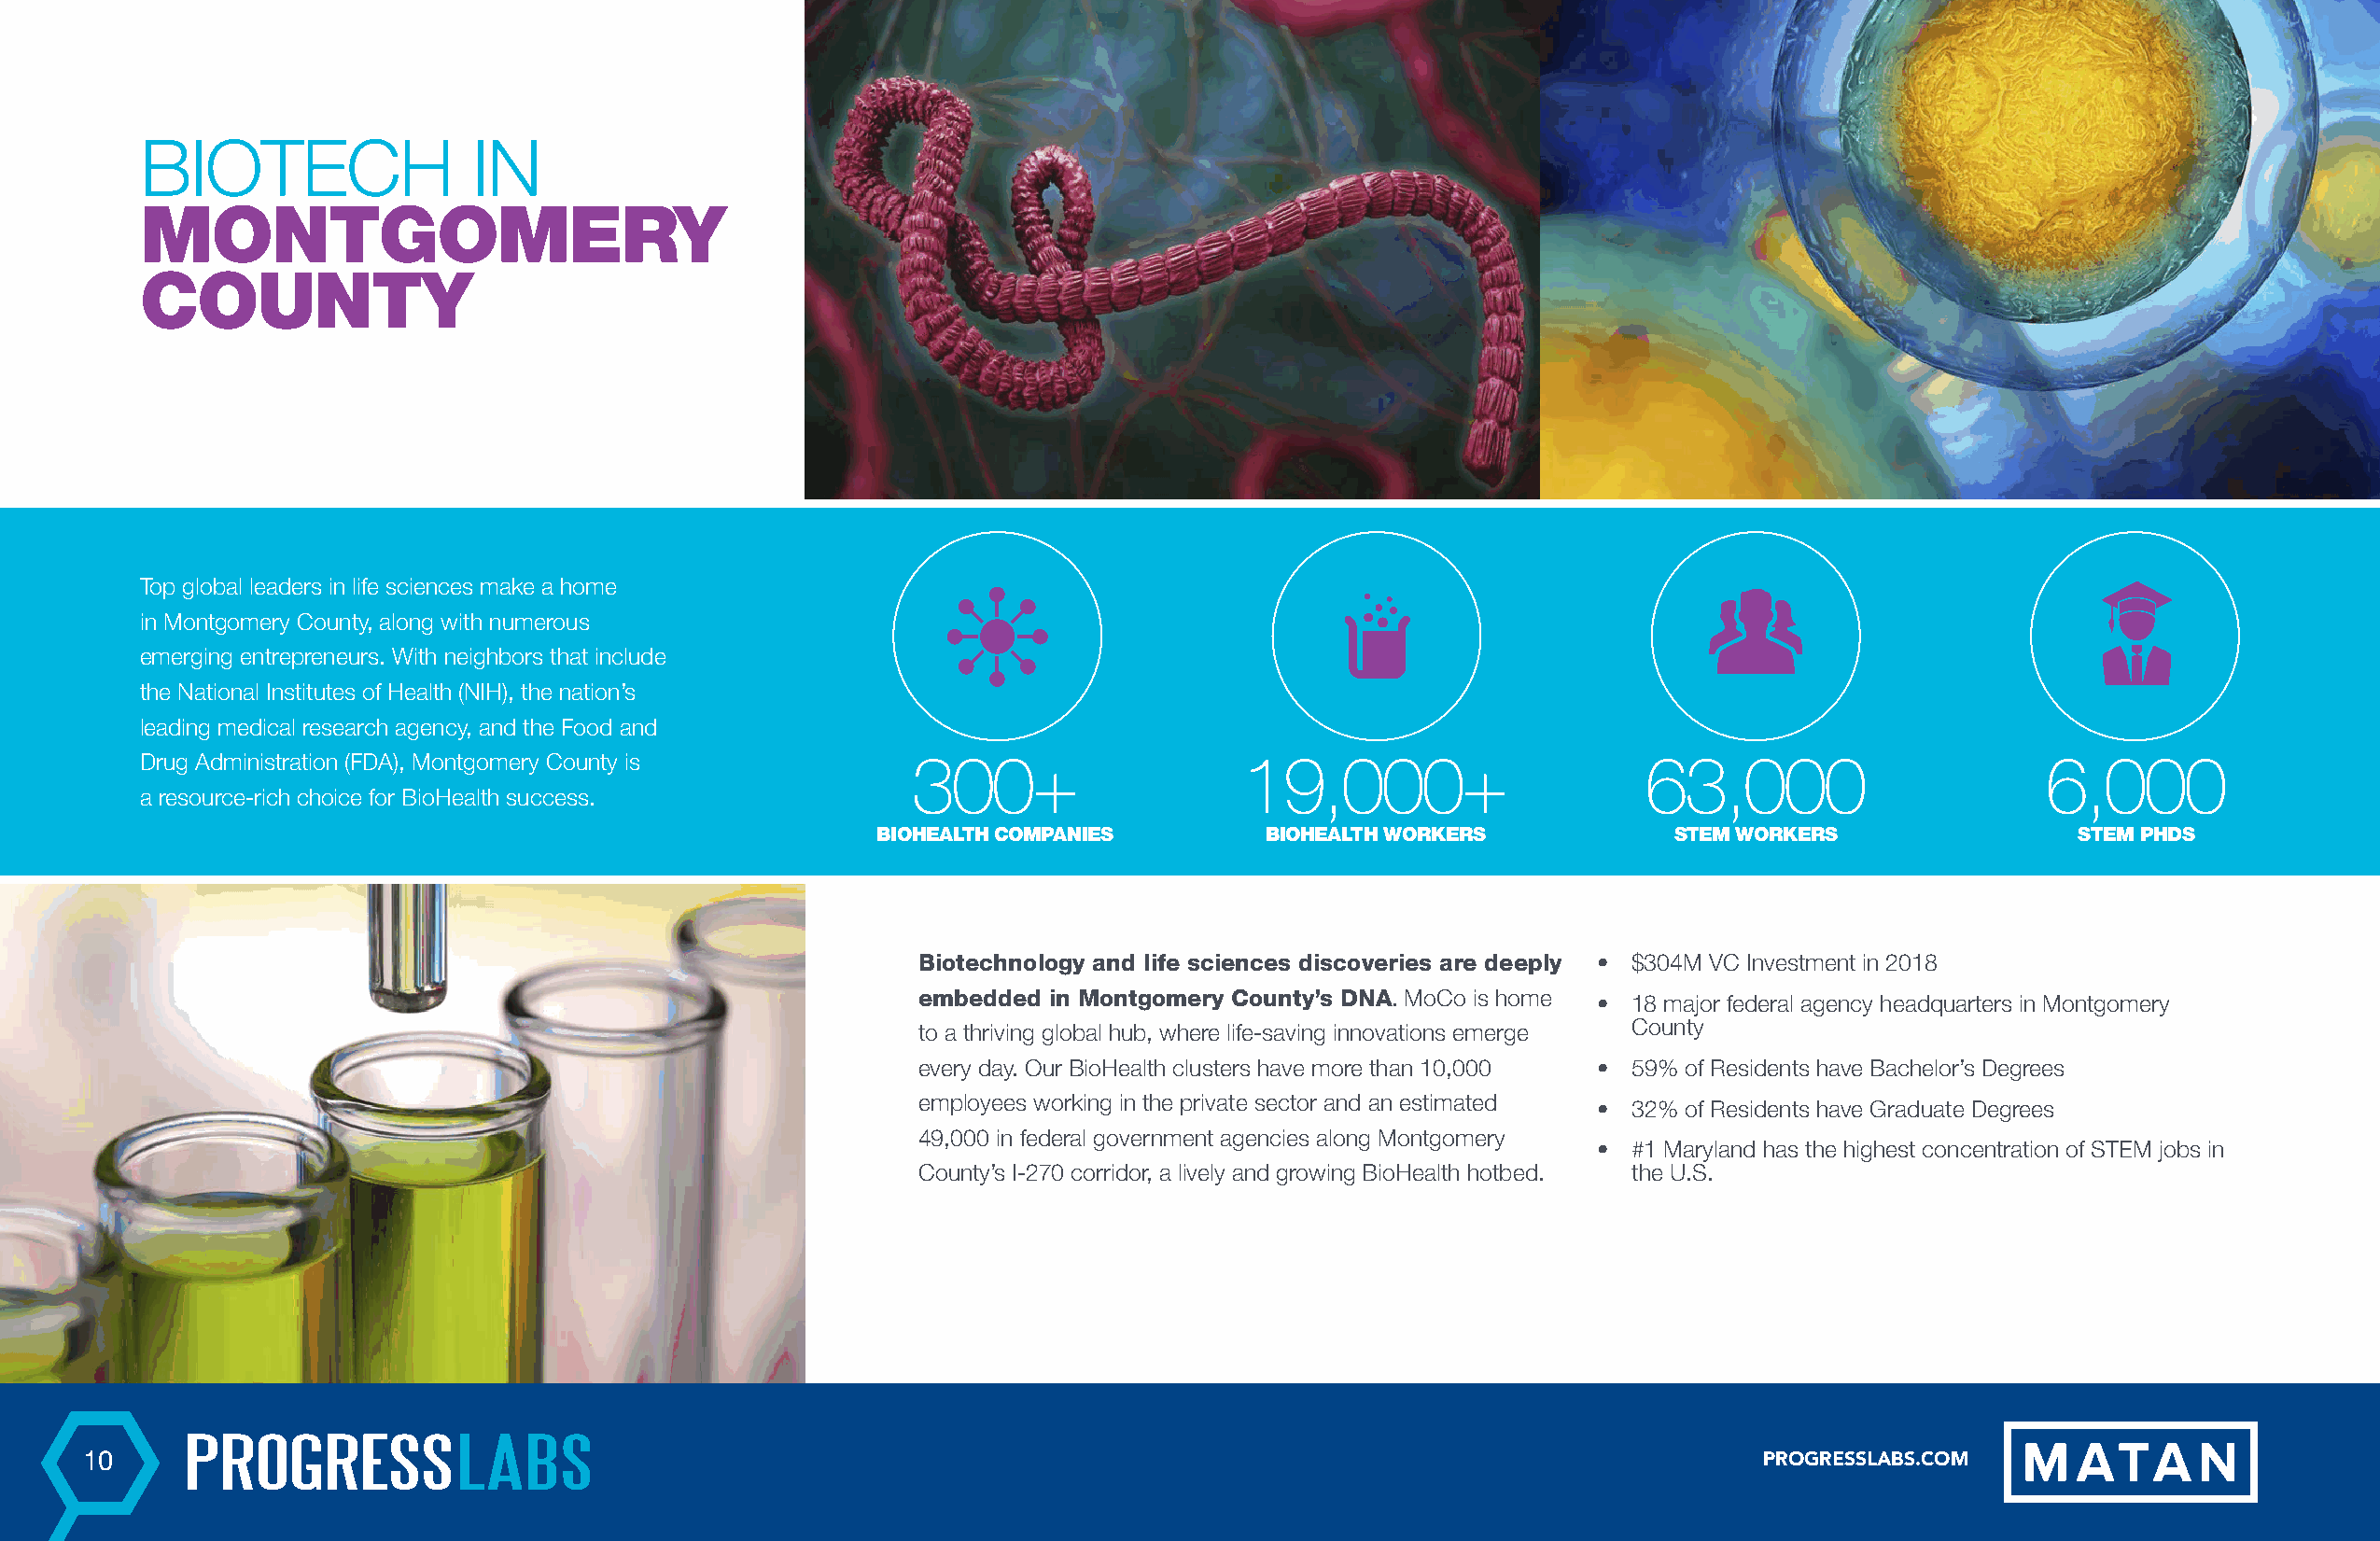
BIOTECH                IN
 MONTGOMERY
 COUNTY
 Top global leaders in life sciences make a home
 in Montgomery County, along with numerous
 emerging entrepreneurs. With neighbors that include
 the National Institutes of Health (NIH), the nation’s
 leading medical research agency, and the Food and
 Drug Administration (FDA), Montgomery County is        300+                   19,000+                      63,000                      6,000
 a resource-rich choice for BioHealth success.
 BIOHEALTH COMPANIES         BIOHEALTH WORKERS            STEM WORKERS                STEM PHDS
 Biotechnology and life sciences discoveries are deeply • $304M VC Investment in 2018
 embedded in Montgomery County’s DNA. MoCo is home • 18 major federal agency headquarters in Montgomery
 to a thriving global hub, where life-saving innovations emerge County
 every day. Our BioHealth clusters have more than 10,000 • 59% of Residents have Bachelor’s Degrees
 employees working in the private sector and an estimated • 32% of Residents have Graduate Degrees
 49,000 in federal government agencies along Montgomery
 •  #1 Maryland has the highest concentration of STEM jobs in
 County’s I-270 corridor, a lively and growing BioHealth hotbed. the U.S.
 10                                                                                                                     PROGRESSLABS.COM